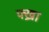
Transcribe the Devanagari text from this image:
फ्ख्रा